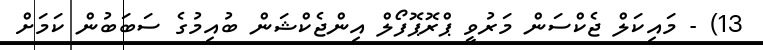
13) - މައިކަލް ޖެކްސަން މަރުވީ ޕްރޮޕޮފޯލް އިންޖެކްޝަން ބުއިމުގެ ސަބަބުން ކަމަށް